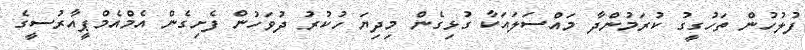
ފުލުހުން ތަހުގީގު ކުރަމުންދާ މައްސަލައަކާ ގުޅިގެން މިދިޔަ ހުކުރު ދުވަހުން ފެށިގެން އެމްއެމްޕީއާރުސީގެ